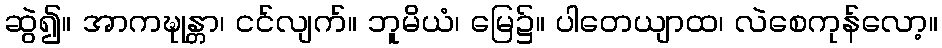
ဆွဲ၍။ အာကဍ္ဎုန္တာ၊ ငင်လျက်။ ဘူမိယံ၊ မြေ၌။ ပါတေယျာထ၊ လဲစေကုန်လော့။